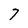
Character: 7